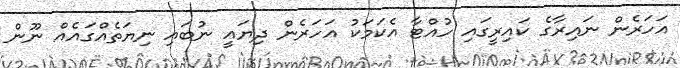
އަހަރެން ނައިރާގެ ކައިރީގައި ހުއްޓާ އެކަމަކު އަހަރެން ދިޔައީ ނުބައި ނިޔަތެއްގައެއް ނޫން